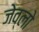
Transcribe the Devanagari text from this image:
जेव्लो